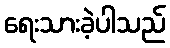
ရေးသားခဲ့ပါသည်